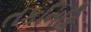
તકનિકિ